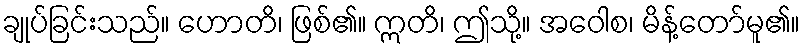
ချုပ်ခြင်းသည်။ ဟောတိ၊ ဖြစ်၏။ ဣတိ၊ ဤသို့။ အဝေါစ၊ မိန့်တော်မူ၏။